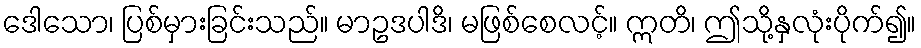
ဒေါသော၊ ပြစ်မှားခြင်းသည်။ မာဥဒပါဒိ၊ မဖြစ်စေလင့်။ ဣတိ၊ ဤသို့နှလုံးပိုက်၍။